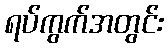
ရပ်ကွက်အတွင်း